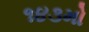
૧૪૩મો